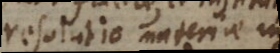
resolutio materiae in